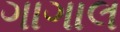
ગાગાલ